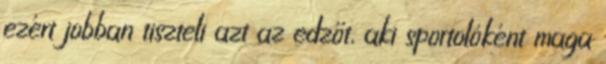
ezért jobban tiszteli azt az edzőt, aki sportolóként maga